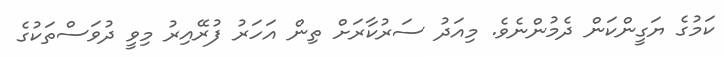
ކަމުގެ ޔަގީންކަން ދެމުންނެވެ. މިއަދު ސަރުކާރަށް ތިން އަހަރު ފުރޭއިރު މިވީ ދުވަސްތަކުގެ